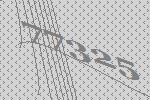
77325